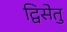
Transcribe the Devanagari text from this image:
द्विसेतु